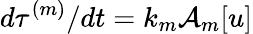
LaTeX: d\tau^{(m)}/dt=k_{m}\mathcal{A}_{m}[u]